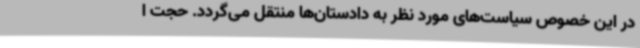
در این خصوص سیاست‌های مورد نظر به دادستان‌ها منتقل می‌گردد. حجت ا